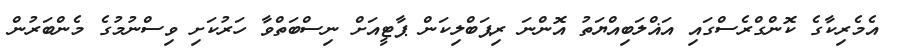
އެމެރިކާގެ ކޮންގްރެސްގައި އަޣްލަބިއްޔަތު އޮންނަ ރިޕަބްލިކަން ޕާޓީއަށް ނިސްބަތްވާ ހަރުކަށި ވިސްނުމުގެ މެންބަރުން